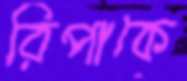
রিপাকে